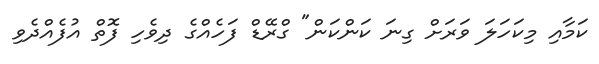
ކަމާއި މިކަހަލަ ވަރަށް ގިނަ ކަންކަން" ގްރޭޑް ފަހެއްގެ ދިވެހި ފޮތް އުފެއްދެވި